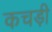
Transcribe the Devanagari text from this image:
कचड़ी